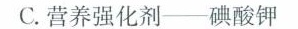
C.营养强化剂——碘酸钾